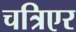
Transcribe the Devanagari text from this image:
चत्रिएर